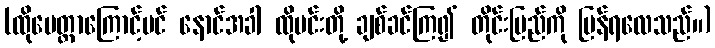
(ထိုမေတ္တာကြောင့်ပင် နောင်အခါ ထိုမင်းတို့ ချစ်ခင်ကြ၍ တိုင်းပြည်ကို ပြန်ရလေသည်။)